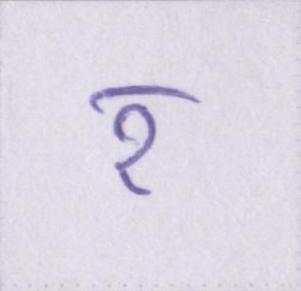
र